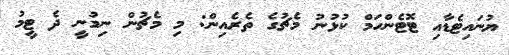
ޔުނައިޓެޑާއި ޓޮޓެންހަމް ކުޅުނު މެޗުގެ ތެރެއިން: މި މެޗުން ނިމުނީ ދެ ޓީމު